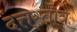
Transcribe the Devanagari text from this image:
दत्तस्तोत्रे